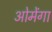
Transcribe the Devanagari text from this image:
ओमेंगा